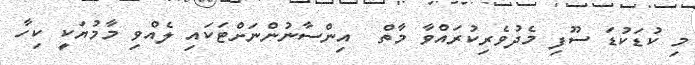
މި ކުޑަކުޑަ ސޫފި މެދުވެރިކުރައްވާ މާތް  އިންސާނުންނަށްޓަކައި ލެއްވި މާމުޔަކީ ކިހާ